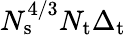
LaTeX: N_{\mathrm{s}}^{4/3}N_{\mathrm{t}}\Delta_{\mathrm{t}}